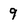
Character: 9